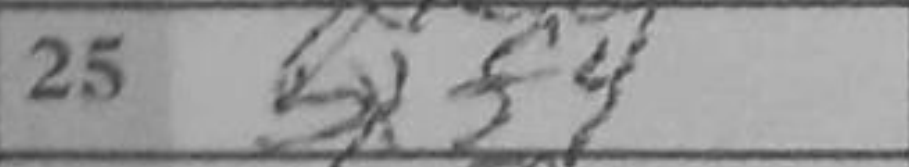
Transcription: Bxf4